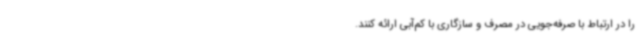
را در ارتباط با صرفه‌جویی در مصرف و سازگاری با کم‌آبی ارائه کنند.